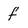
Character: f